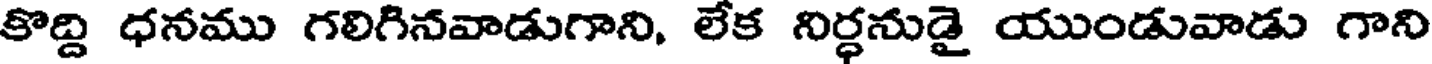
కొద్ది ధనము గలిగినవాడుగాని, లేక నిర్ధనుడై యుండువాడు గాని